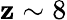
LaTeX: \mathbf{z}\sim8